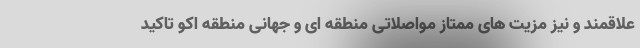
علاقمند و نیز مزیت های ممتاز مواصلاتی منطقه ای و جهانی منطقه اکو تاکید